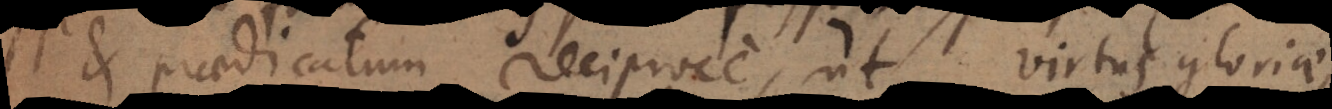
et praedicatum reciproce, ut virtus gloriae,